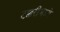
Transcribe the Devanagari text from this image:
टक्करींमध्ये